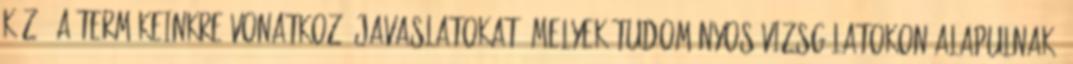
közé. A termékeinkre vonatkozó javaslatokat, melyek tudományos vizsgálatokon alapulnak,